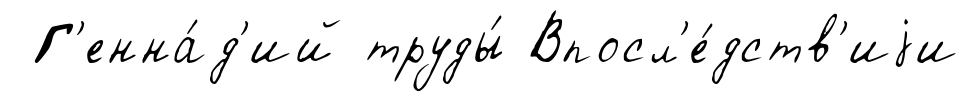
Г'енна́д'ий труды́ Впосл'е́дств'иjи